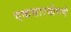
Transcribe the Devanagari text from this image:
एकसारखेपणे